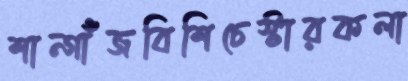
শান্গাঁজবিশিচেস্টারকলা